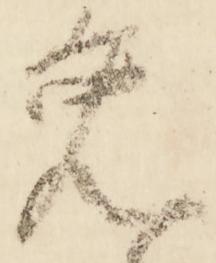
免